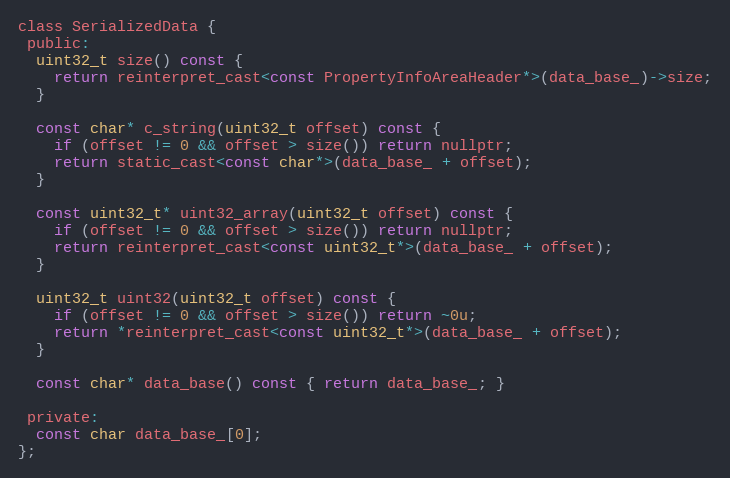
Language: C
class SerializedData {
 public:
  uint32_t size() const {
    return reinterpret_cast<const PropertyInfoAreaHeader*>(data_base_)->size;
  }

  const char* c_string(uint32_t offset) const {
    if (offset != 0 && offset > size()) return nullptr;
    return static_cast<const char*>(data_base_ + offset);
  }

  const uint32_t* uint32_array(uint32_t offset) const {
    if (offset != 0 && offset > size()) return nullptr;
    return reinterpret_cast<const uint32_t*>(data_base_ + offset);
  }

  uint32_t uint32(uint32_t offset) const {
    if (offset != 0 && offset > size()) return ~0u;
    return *reinterpret_cast<const uint32_t*>(data_base_ + offset);
  }

  const char* data_base() const { return data_base_; }

 private:
  const char data_base_[0];
};